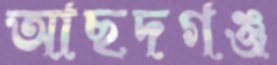
আছদগঞ্জ